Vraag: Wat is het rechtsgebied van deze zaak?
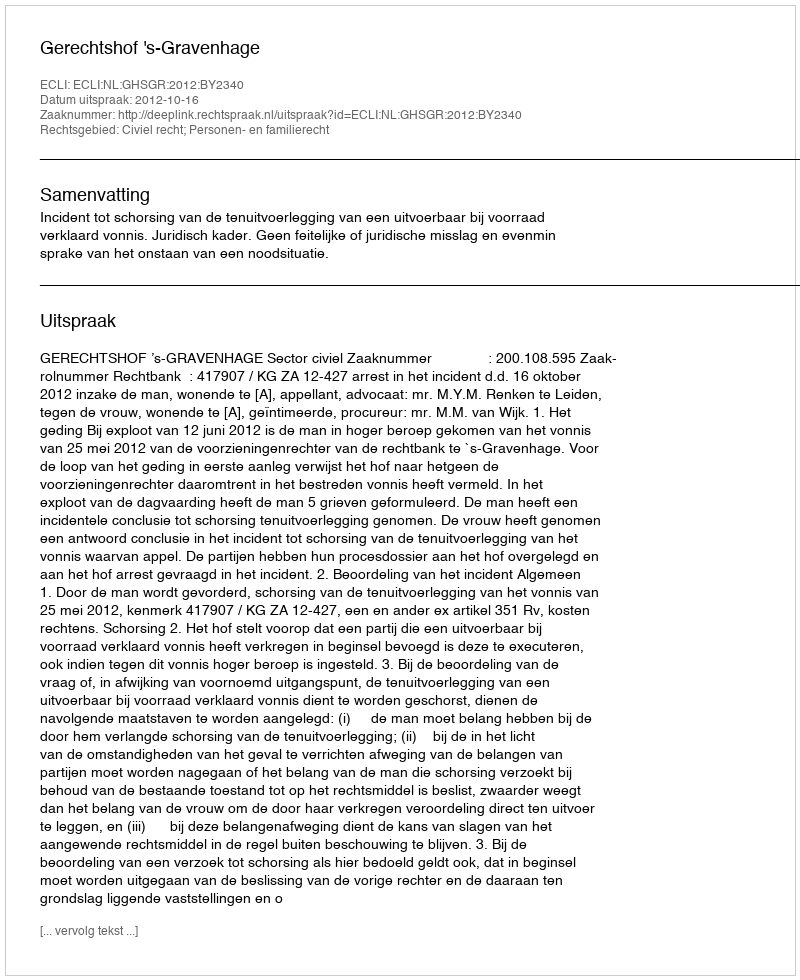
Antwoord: Civiel recht; Personen- en familierecht